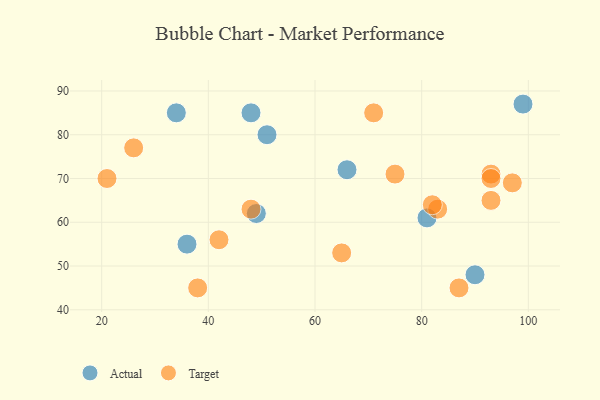
{"axis": {"x": "GDP", "y": "Life Expectancy"}, "legend": ["Actual", "Target"], "data": [{"x": "90", "y": 48, "type": "Actual"}, {"x": "34", "y": 85, "type": "Actual"}, {"x": "81", "y": 61, "type": "Actual"}, {"x": "36", "y": 55, "type": "Actual"}, {"x": "66", "y": 72, "type": "Actual"}, {"x": "99", "y": 87, "type": "Actual"}, {"x": "49", "y": 62, "type": "Actual"}, {"x": "51", "y": 80, "type": "Actual"}, {"x": "48", "y": 85, "type": "Actual"}, {"x": "93", "y": 65, "type": "Target"}, {"x": "42", "y": 56, "type": "Target"}, {"x": "21", "y": 70, "type": "Target"}, {"x": "93", "y": 71, "type": "Target"}, {"x": "97", "y": 69, "type": "Target"}, {"x": "87", "y": 45, "type": "Target"}, {"x": "48", "y": 63, "type": "Target"}, {"x": "75", "y": 71, "type": "Target"}, {"x": "83", "y": 63, "type": "Target"}, {"x": "65", "y": 53, "type": "Target"}, {"x": "82", "y": 64, "type": "Target"}, {"x": "71", "y": 85, "type": "Target"}, {"x": "38", "y": 45, "type": "Target"}, {"x": "26", "y": 77, "type": "Target"}, {"x": "93", "y": 70, "type": "Target"}]}